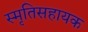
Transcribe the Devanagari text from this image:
स्मृतिसहायक